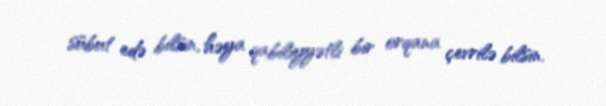
sübut edə bilsin, həya qabiliyyətli bir orqana çevrilə bilsin.